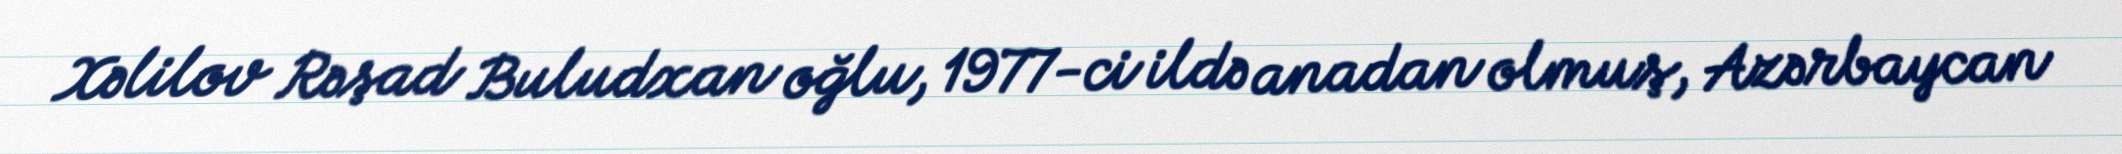
Xəlilov Rəşad Buludxan oğlu, 1977-ci ildə anadan olmuş, Azərbaycan